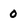
Character: 0